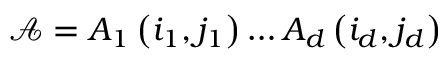
\mathcal { A } = A _ { 1 } \left( i _ { 1 } , j _ { 1 } \right) \ldots A _ { d } \left( i _ { d } , j _ { d } \right)